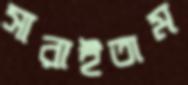
সারাইতাম